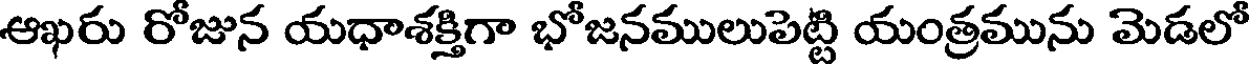
ఆఖరు రోజున యధాశక్తిగా భోజనములుపెట్టి యంత్రమును మెడలో